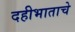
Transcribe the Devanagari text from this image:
दहीभाताचे